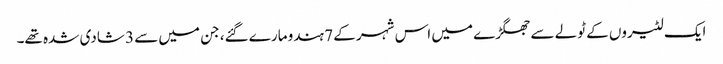
ایک لٹیروں کے ٹولے سے جھگڑے میں اس شہر کے 7 ہندو مارے گئے، جن میں سے 3 شادی شدہ تھے۔